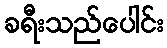
ခရီးသည်ပေါင်း